King Institute of Preventive Medicine Micro-Biological Section reports 1909-11
Year: 1909
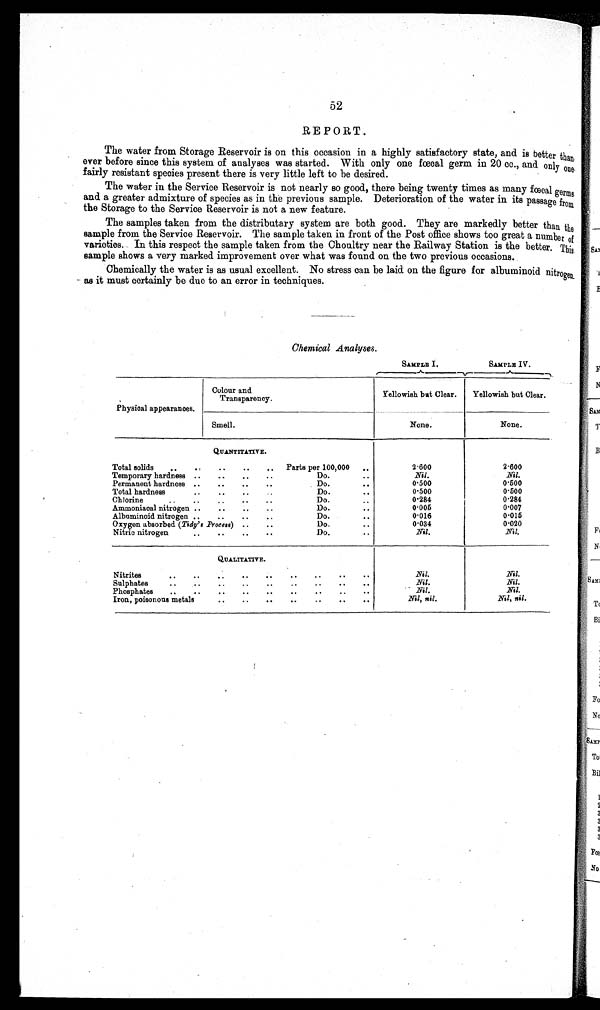
52
REPORT.
The water from Storage Reservoir is on this occasion in a highly satisfactory state, and is better than
ever before since this system of analyses was started. With only one fœcal germ in 20 cc., and only one
fairly resistant species present there is very little left to be desired.
The water in the Service Reservoir is not nearly so good, there being twenty times as many fœcal germs
and a greater admixture of species as in the previous sample. Deterioration of the water in its passage from
the Storage to the Service Reservoir is not a new feature.
The samples taken from the distributary system are both good. They are markedly better than the
sample from the Service Reservoir. The sample taken in front of the Post office shows too great a number of
varieties. In this respect the sample taken from the Choultry near the Railway Station is the better. This
sample shows a very marked improvement over what was found on the two previous occasions.
Chemically the water is as usual excellent. No stress can be laid on the figure for albuminoid nitrogen
as it must certainly be due to an error in techniques.
Chemical Analyses.
Physical appearances.
Colour and
Transparency.
SAMPLE I
SAMPLE IV.
Yellowish but Clear.
Yellowish but Clear.
Smell.
None.
None.
QUANTITATIVE.
Total solids
Parts per 100,000
2·600
2·600
Temporary hardness
Do.
Nil.
Nil.
Permanent hardness.
Do.
0·500
0·500
Total hardness
Do.
0·500
0·500
Chlorine
Do.
0·284
0·284
Ammoniacal nitrogen
Do.
0·005
0·007
Albuminoid nitrogen
Do.
0·016
0·015
Oxygen absorbed. (Tidy's Process)
Do.
0·034
0·020
Nitric nitrogen
Do.
Nil
Nil.
QUALITATIVE.
Nitrites
Nil.
Nil.
Sulphates
Nil. Nil.
Phosphates
Nil. Nil.
Iron, poisonous metals
Nil, nil.
Nil, nil.